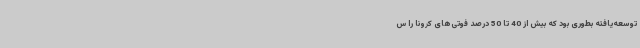
توسعه‌یافته بطوری بود که بیش از 40 تا 50 درصد فوتی‌های کرونا را س